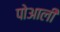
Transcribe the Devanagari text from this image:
पोआली